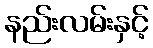
နည်းလမ်းနှင့်